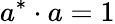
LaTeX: a^{*}\cdot a=1